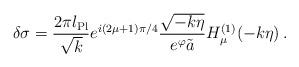
\begin{align*}\delta\sigma = {2\pi l_{\rm Pl} \over \sqrt{k}} e^{i(2\mu+1)\pi/4}{\sqrt{-k\eta} \over e^{\varphi} \tilde{a}} H_{\mu}^{(1)}(-k\eta) \,.\end{align*}